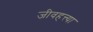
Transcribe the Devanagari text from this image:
जीवहत्त्या